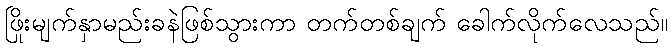
ဖြိုးမျက်နှာမည်းခနဲဖြစ်သွားကာ တက်တစ်ချက် ခေါက်လိုက်လေသည်။